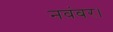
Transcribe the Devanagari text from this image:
नवंबर।